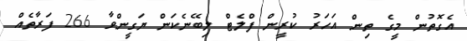
އެގޮތުން މީގެ ތިން އަހަރު ކުރީން ފްލެޓް ލިބޭނެކަން ޔަގީންވާ 266 ފަރާތެއް